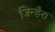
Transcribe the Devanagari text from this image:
जिन्हैरा